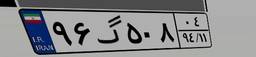
۹۶گ۵۰۸۰۴